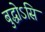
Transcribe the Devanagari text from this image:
बुद्धोऽसि